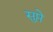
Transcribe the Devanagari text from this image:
सुप्ते